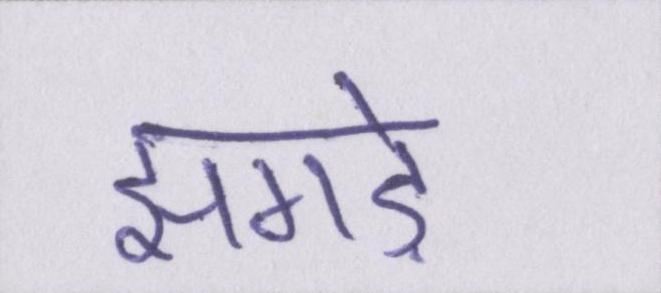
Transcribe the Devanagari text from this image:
झगड़े